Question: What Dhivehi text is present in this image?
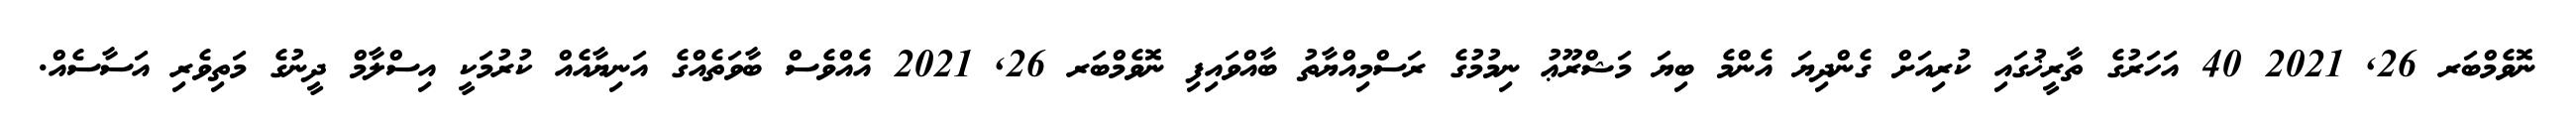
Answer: ނޮވެމްބަރ 26, 2021 40 އަހަރުގެ ތާރީޚުގައި ކުރިއަށް ގެންދިޔަ އެންމެ ބިޔަ މަޝްރޫޢު ނިމުމުގެ ރަސްމިއްޔާތު ބާއްވައިފި ނޮވެމްބަރ 26, 2021 އެއްވެސް ބާވަތެއްގެ އަނިޔާއެއް ކުރުމަކީ އިސްލާމް ދީނުގެ މަތިވެރި އަސާސެއް.